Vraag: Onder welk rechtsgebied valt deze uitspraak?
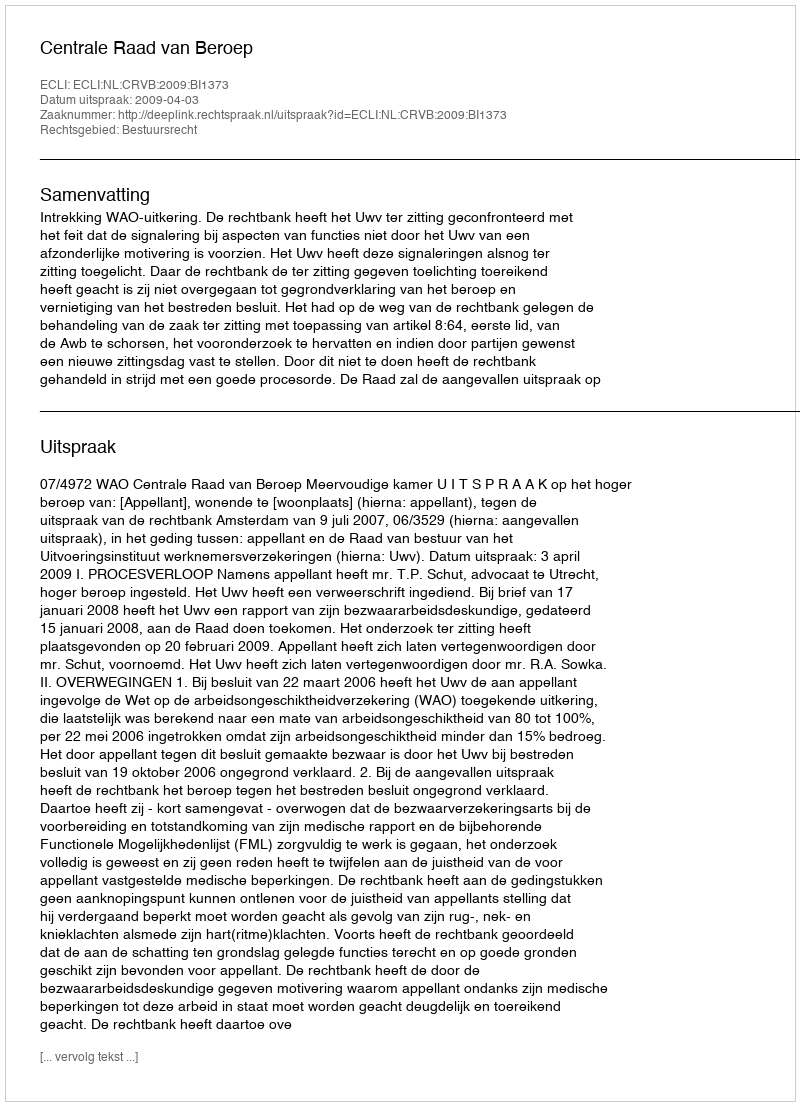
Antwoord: Bestuursrecht